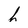
Character: h